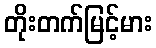
တိုးတက်မြင့်မား